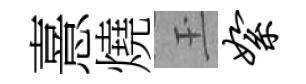
憙燒玉絮